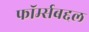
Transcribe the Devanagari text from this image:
फॉर्म्सबद्दल